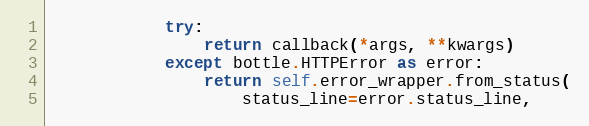
Language: Python
            try:
                return callback(*args, **kwargs)
            except bottle.HTTPError as error:
                return self.error_wrapper.from_status(
                    status_line=error.status_line,